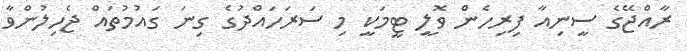
ރާއްޖޭގެ ސީނިއާ ފިރިހެން ވޮލީ ޓީމަކީ މި ސަރަހައްދުގެ ގިނަ ގައުމުތައް ޖެހިލުންވާ